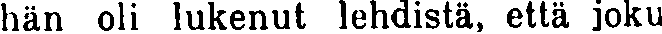
hän oli lukenut lehdistä, että joku